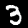
Label: 3